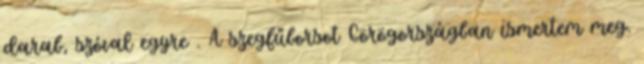
darab, szóval egyre . A szegfűborsot Görögországban ismertem meg.